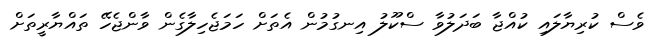
ވެސް ކުރިޔާލައި ކުއްޖާ ބަދަލުވާ ސްކޫލު އިނގުމުން އެތަށް ހަމަޖެހިލާގެން ވާންޖެހޭ ތައްޔާރީތަށް